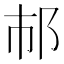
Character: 𨙶